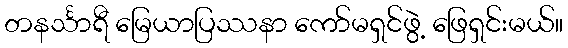
တနင်္သာရီ မြေယာပြဿနာ ကော်မရှင်ဖွဲ့ ဖြေရှင်းမယ်။